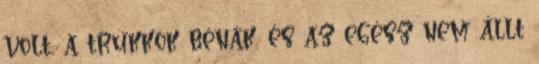
volt, a trükkök bénák, és az egész nem állt